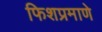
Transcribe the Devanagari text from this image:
फिशप्रमाणे